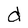
Character: d